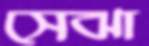
সেঝা